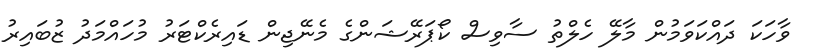
ވާހަކަ ދައްކަވަމުން މާލޭ ހެލްތު ސާވިސް ކޯޕަރޭޝަންގެ މެނޭޖިން ޑައިރެކްޓަރު މުހައްމަދު ޒުބައިރު